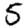
Digit: 5